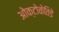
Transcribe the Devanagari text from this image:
ओक्टोकेतिडे